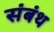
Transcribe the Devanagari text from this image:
संबंथ